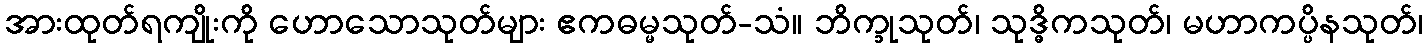
အားထုတ်ရကျိုးကို ဟောသောသုတ်များ ဧကဓမ္မသုတ်-သံ။ ဘိက္ခုသုတ်၊ သုဒ္ဓိကသုတ်၊ မဟာကပ္ပိနသုတ်၊